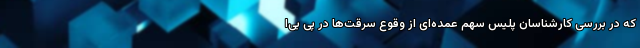
که در بررسی کارشناسان پلیس سهم عمده‌ای از وقوع سرقت‌ها در پی بی‌ا